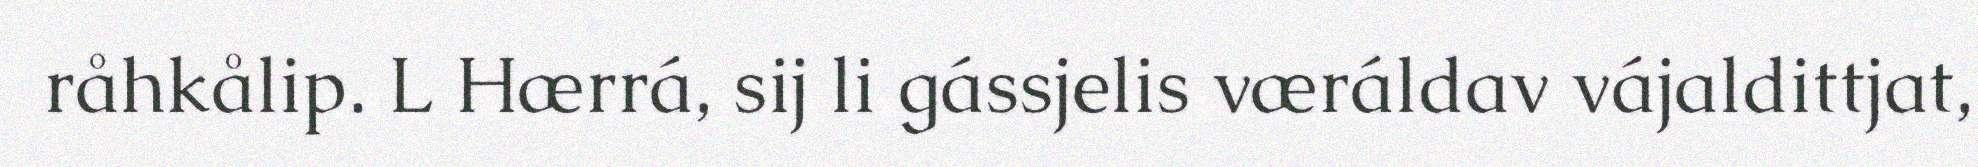
råhkålip. L Hærrá, sij li gássjelis væráldav vájaldittjat,